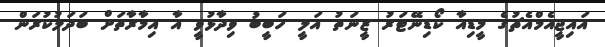
އައިޖީއެމްއެޗުގެ މީޑިއާ ކޯޑިނޭޓަރު ޒީނަތު އަލީ ހަބީބު ވިދާޅުވީ އާ އިމާރާތަށް ބަދަލުކުރަން